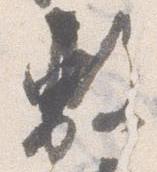
敷